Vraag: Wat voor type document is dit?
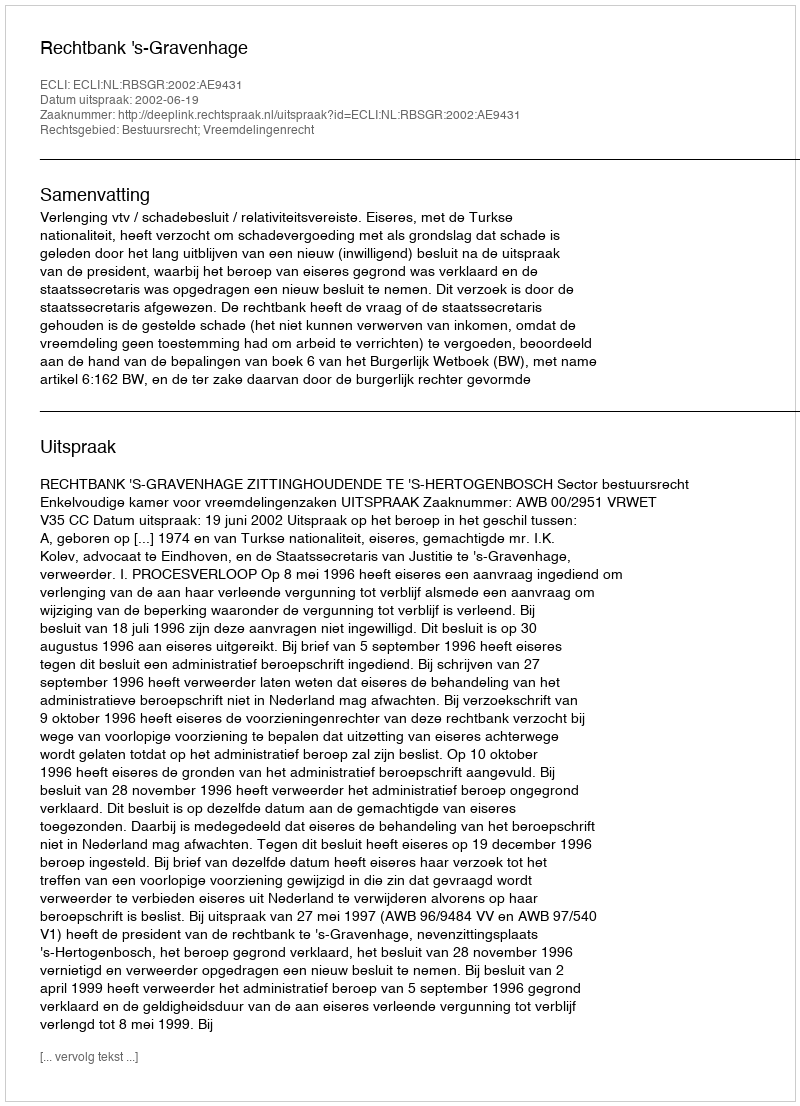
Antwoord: Uitspraak